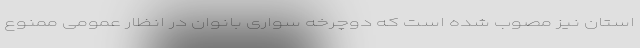
استان نیز مصوب شده است که دوچرخه سواری بانوان در انظار عمومی ممنوع